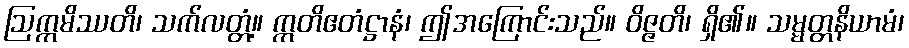
ဩက္ကမိဿတိ၊ သက်လတ္တံ့။ ဣတိဧတံဋ္ဌာနံ၊ ဤအကြောင်းသည်။ ဝိဇ္ဇတိ၊ ရှိ၏။ သမ္မတ္တနိယာမံ၊